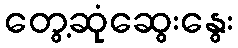
တွေ့ဆုံဆွေးနွေး